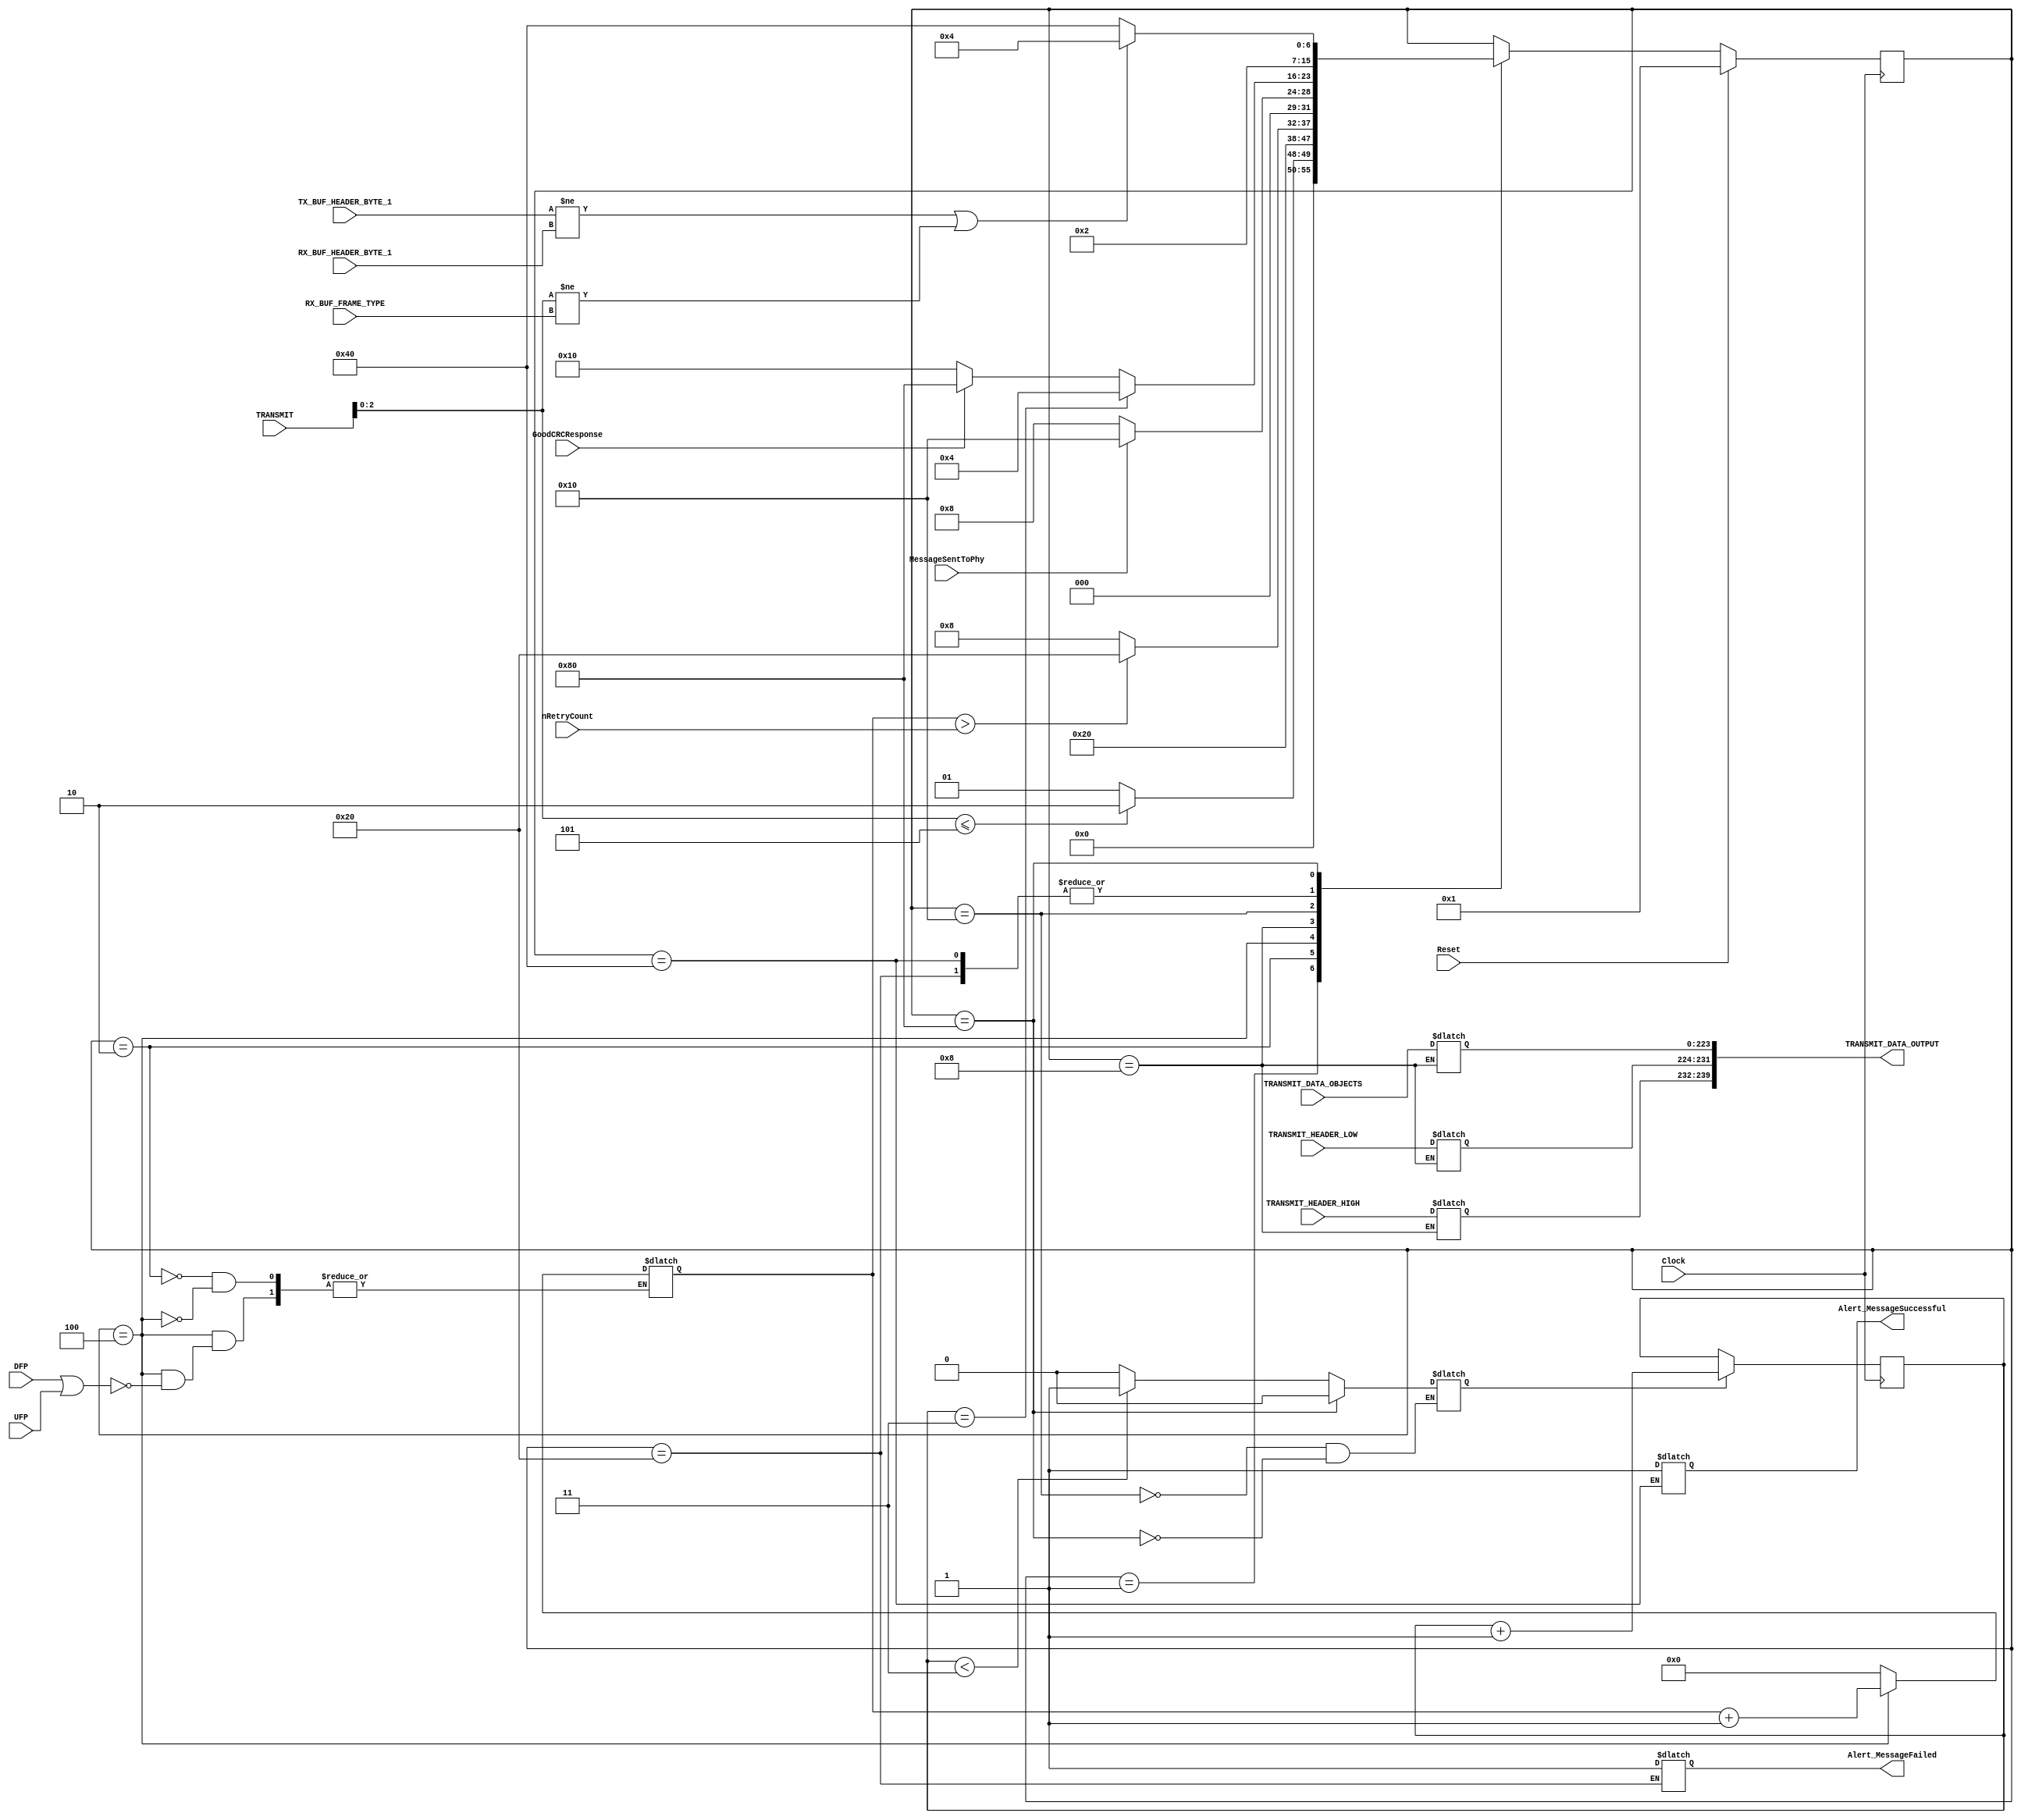
module TX(
Clock,
Reset,
TRANSMIT,
TRANSMIT_HEADER_LOW,
TRANSMIT_HEADER_HIGH,
TRANSMIT_DATA_OBJECTS,
MessageSentToPhy,
GoodCRCResponse,
nRetryCount,
TX_BUF_HEADER_BYTE_1,
RX_BUF_HEADER_BYTE_1,
RX_BUF_FRAME_TYPE,
DFP,
UFP,
Alert_MessageSuccessful,
Alert_MessageFailed,
TRANSMIT_DATA_OUTPUT
);

//---------ENTRADAS-------------
input Clock;
input Reset;
input[15:0] TRANSMIT;
input[7:0] TRANSMIT_HEADER_LOW;
input[7:0] TRANSMIT_HEADER_HIGH;
input[223:0] TRANSMIT_DATA_OBJECTS;
input MessageSentToPhy;
input GoodCRCResponse;
input[7:0] nRetryCount;
input[7:0] TX_BUF_HEADER_BYTE_1;
input[7:0] RX_BUF_HEADER_BYTE_1;
input[7:0] RX_BUF_FRAME_TYPE;
input DFP, UFP;

//---------SALIDAS-------------
output reg Alert_MessageSuccessful;
output reg Alert_MessageFailed;
localparam T_SIZE = 239;
output reg [T_SIZE:0] TRANSMIT_DATA_OUTPUT;

//---------REGISTROS INTERNOS-------
reg[7:0] CurrentState;
reg[7:0] NextState;
reg[7:0] RetryCounter;
reg InitCRCReceiveTimer;
reg[1:0] CRCReceiveTimer;

//---------ESTADOS-----------------
localparam Tx_Wait_for_Transmit_Request = 8'b00000001;
localparam Tx_Reset_RetryCounter = 8'b00000010;
localparam Tx_Check_RetryCounter = 8'b00000100;
localparam Tx_Construct_Message = 8'b00001000;
localparam Tx_Wait_for_PHY_response = 8'b00010000;
localparam Tx_Report_Failure = 8'b00100000;
localparam Tx_Report_Success = 8'b01000000;
localparam Tx_Match_MessageID = 8'b10000000;

//---------CONDICIONES INICIALES-------
initial begin
	CurrentState = 8'b1;
	NextState = 8'b1;
	RetryCounter = 8'b0;
	InitCRCReceiveTimer = 1'b0;
	Alert_MessageSuccessful = 1'b0;
	Alert_MessageFailed = 1'b0;
	CRCReceiveTimer = 2'b0;
end

//-------------------------------------------------------------------
//------------------Lgica de prximo estado ------------------------
//-------------------------------------------------------------------
always@(*) begin
	NextState = CurrentState;
	
	case (CurrentState)
		default: NextState = CurrentState;
	
		Tx_Wait_for_Transmit_Request:
			begin
			if (TRANSMIT[2:0] <= 3'b101) NextState = Tx_Reset_RetryCounter;
			else NextState = Tx_Wait_for_Transmit_Request;
			end
			
		Tx_Reset_RetryCounter:
			begin
			NextState =  Tx_Construct_Message;
			end
			
		Tx_Check_RetryCounter: 
			begin
			if (RetryCounter > nRetryCount) NextState = Tx_Report_Failure;
			else NextState = Tx_Construct_Message;
			end
			
		Tx_Construct_Message:
			begin
			if (MessageSentToPhy) NextState = Tx_Wait_for_PHY_response;
			else NextState = Tx_Construct_Message;
			end
			
		Tx_Wait_for_PHY_response: 
			begin
			if (CRCReceiveTimer == 'b11) NextState =  Tx_Check_RetryCounter;
			else
				begin
				if (GoodCRCResponse) NextState = Tx_Match_MessageID;
				else NextState = Tx_Wait_for_PHY_response;
				end
			end
			
		Tx_Report_Failure: 
			begin
			NextState = Tx_Wait_for_Transmit_Request;
			end
			
		Tx_Report_Success: 
			begin
			NextState = Tx_Wait_for_Transmit_Request;
			end
		  
		Tx_Match_MessageID:
			begin
			if ((TX_BUF_HEADER_BYTE_1 != RX_BUF_HEADER_BYTE_1) || (TRANSMIT[2:0] != RX_BUF_FRAME_TYPE)) 
				begin
				NextState = Tx_Check_RetryCounter;
				end
			else NextState = Tx_Report_Success;
			end
	endcase
end

//-------------------------------------------------------------------
//------------------Lgica de acciones-------------------------------
//-------------------------------------------------------------------
always@ (*) begin
	case (CurrentState)

		Tx_Reset_RetryCounter: 
			begin
			RetryCounter = 2'b00;
			end
			
		Tx_Construct_Message: 
			begin
			TRANSMIT_DATA_OUTPUT [239:232] = TRANSMIT_HEADER_HIGH;
			TRANSMIT_DATA_OUTPUT [231:224] = TRANSMIT_HEADER_LOW;
			TRANSMIT_DATA_OUTPUT [223:0] = TRANSMIT_DATA_OBJECTS;
			end
			
		Tx_Wait_for_PHY_response: 
			begin
			if (CRCReceiveTimer < 2'b11) InitCRCReceiveTimer = 1'b1;
			else InitCRCReceiveTimer = 1'b0;
			end
			
		Tx_Report_Success: 
			begin
			Alert_MessageSuccessful = 1'b1;
			end
		
		Tx_Report_Failure: 
			begin
			Alert_MessageFailed = 1'b1;
			end
		
		Tx_Check_RetryCounter: 
			begin
			if((DFP == 1'b1) || (UFP == 1'b1)) 
				begin 
				RetryCounter = RetryCounter + 1;
				end
			else 
				begin
				RetryCounter = RetryCounter;
				end
			end
			
		Tx_Match_MessageID: 
			begin
			InitCRCReceiveTimer = 1'b0;
			end
			
	endcase
end


always@(posedge Clock) begin
	
	if (Reset) CurrentState <= Tx_Wait_for_Transmit_Request;
	else CurrentState <= NextState;
	
	if (InitCRCReceiveTimer) CRCReceiveTimer <= CRCReceiveTimer + 1;
	else CRCReceiveTimer <= CRCReceiveTimer;
	
end

endmodule